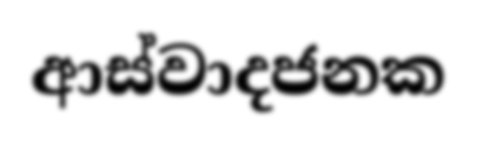
ආස්වාදජනක